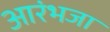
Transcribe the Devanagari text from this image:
आरंभजा